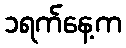
၁ရက်နေ့က